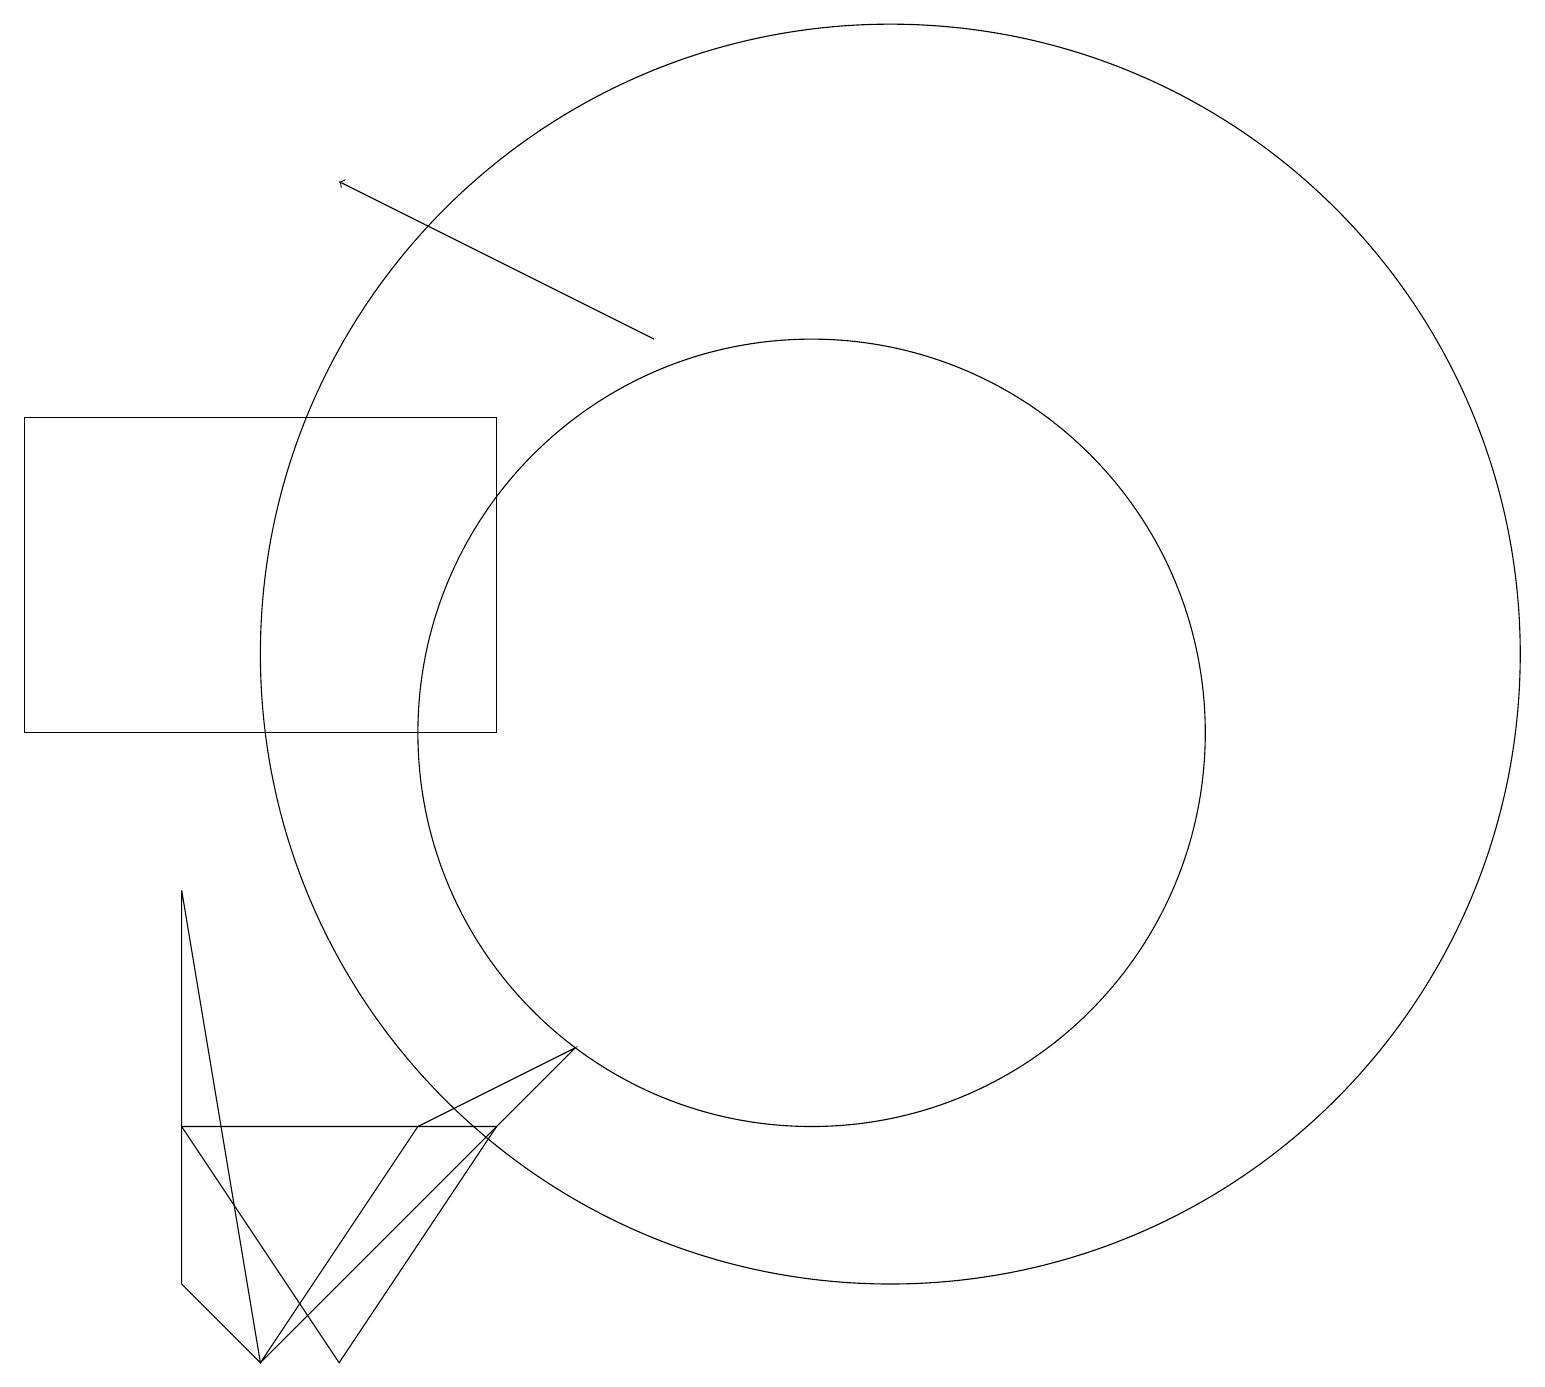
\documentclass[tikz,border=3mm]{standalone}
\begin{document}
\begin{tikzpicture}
\draw (10,10) circle (5);
\draw (0,10) rectangle (6,14);
\draw[->] (8,15) -- (4,17);
\draw (2,3) -- (3,2) -- (2,8) -- cycle;
\draw (5,5) -- (3,2) -- (7,6) -- cycle;
\draw (4,2) -- (2,5) -- (6,5) -- cycle;
\draw (11,11) circle (8);
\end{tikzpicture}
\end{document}